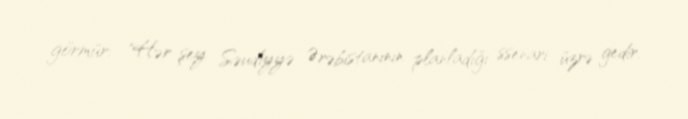
görmür: "Hər şey Səudiyyə Ərəbistanının planladığı ssenari üzrə gedir.